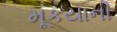
મૂકયાની